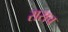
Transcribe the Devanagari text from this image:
रासच